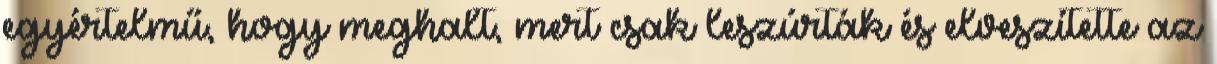
egyértelmű, hogy meghalt, mert csak leszúrták és elveszítette az